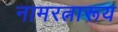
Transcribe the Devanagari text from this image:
नामरत्नारूय